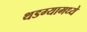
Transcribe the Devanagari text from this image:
थडग्यामध्ये